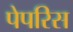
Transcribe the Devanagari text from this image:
पेपरिस